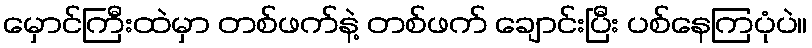
မှောင်ကြီးထဲမှာ တစ်ဖက်နဲ့ တစ်ဖက် ချောင်းပြီး ပစ်နေကြပုံပဲ။